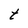
Character: t